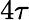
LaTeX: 4\tau